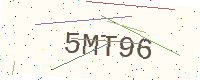
Text: 5MT96